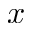
x